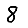
Digit: 8